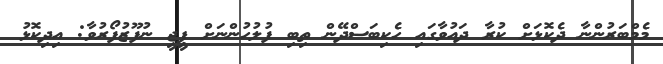
މެމްބަރުންނާ ދެކޮޅަށް ކުރާ ދައުވާގައި ހެކިބަސްދޭން ތިބި ފުލުހުންނަށް ޕީޖީ ނުފޫޒުފޯރުވާ: އިދިކޮޅު